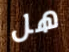
هل